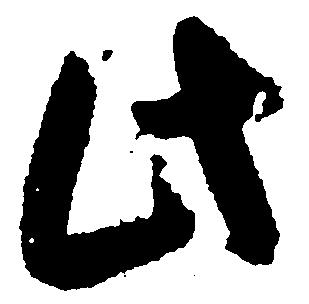
此